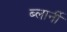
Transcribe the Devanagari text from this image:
ब्लार्नी